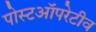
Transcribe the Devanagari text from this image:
पोस्टऑपरेटीव